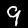
Label: 9